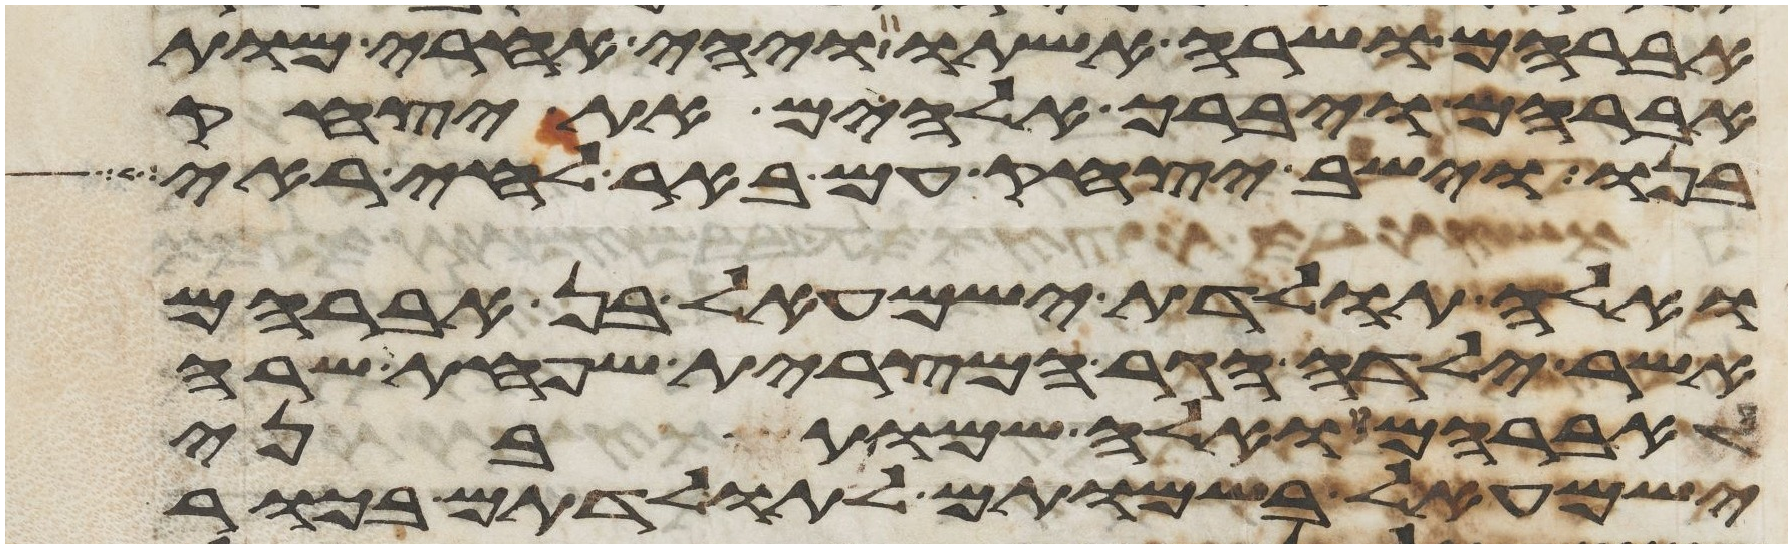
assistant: אברהם ושרה אשתו ויהי אחרי מות
אברהם ויברך אלהים את יצחק
בנו וישב יצחק עם באר לחי ראי
ואלה תולדת ישמעאל בן אברהם
אשר ילדה הגר המצרית שפחת שרה
לאברהם ואלה שמות בני
ישמעאל בשמותם לתולדתם בכור